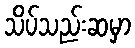
သိပ်သည်းဆမှာ